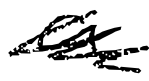
Text: a
Cross-out: scratch
Writing tool: digital_black